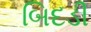
બિદડી